Treatise on elephants
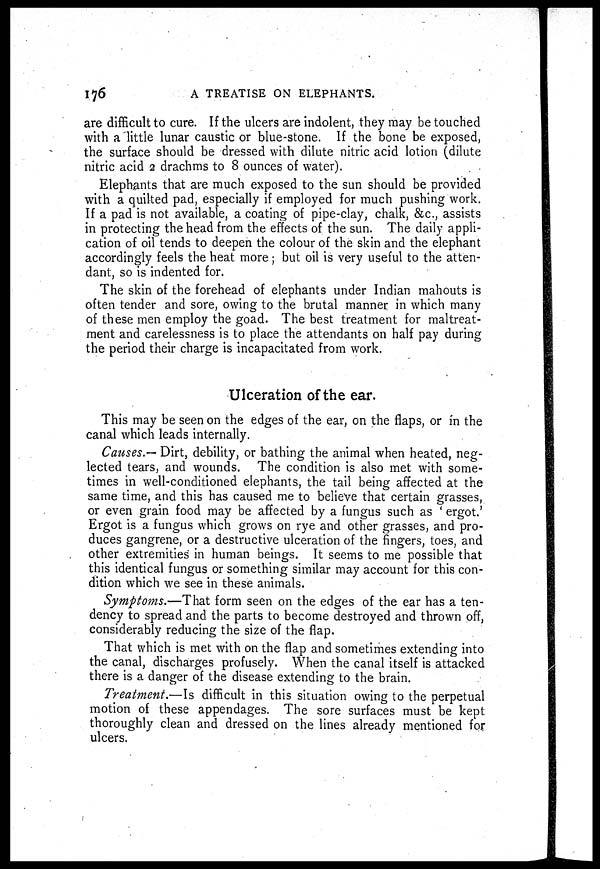
176
A TREATISE ON ELEPHANTS.
are difficult to cure. If the ulcers are indolent, they may be touched
with a little lunar caustic or blue-stone. If the bone be exposed,
the surface should be dressed with dilute nitric acid lotion (dilute
nitric acid 2 drachms to 8 ounces of water).
Elephants that are much exposed to the sun should be provided
with a quilted pad, especially if employed for much pushing work.
If a pad is not available, a coating of pipe-clay, chalk, &c., assists
in protecting the head from the effects of the sun. The daily appli-
cation of oil tends to deepen the colour of the skin and the elephant
accordingly feels the heat more; but oil is very useful to the atten-
dant, so is indented for.
The skin of the forehead of elephants under Indian mahouts is
often tender and sore, owing to the brutal manner in which many
of these men employ the goad. The best treatment for maltreat-
ment and carelessness is to place the attendants on half pay during
the period their charge is incapacitated from work.
Ulceration of the ear.
This may be seen on the edges of the ear, on the flaps, or in the
canal which leads internally.
Causes.— Dirt, debility, or bathing the animal when heated, neg-
lected tears, and wounds. The condition is also met with some-
times in well-conditioned elephants, the tail being affected at the
same time, and this has caused me to believe that certain grasses,
or even grain food may be affected by a fungus such as 'ergot.'
Ergot is a fungus which grows on rye and other grasses, and pro-
duces gangrene, or a destructive ulceration of the fingers, toes, and
other extremities' in human beings. It seems to me possible that
this identical fungus or something similar may account for this con-
dition which we see in these animals.
Symptoms.—That form seen on the edges of the ear has a ten-
dency to spread and the parts to become destroyed and thrown off,
considerably reducing the size of the flap.
That which is met with on the flap and sometimes extending into
the canal, discharges profusely. When the canal itself is attacked
there is a danger of the disease extending to the brain.
Treatment.—Is difficult in this situation owing to the perpetual
motion of these appendages. The sore surfaces must be kept
thoroughly clean and dressed on the lines already mentioned for
ulcers.